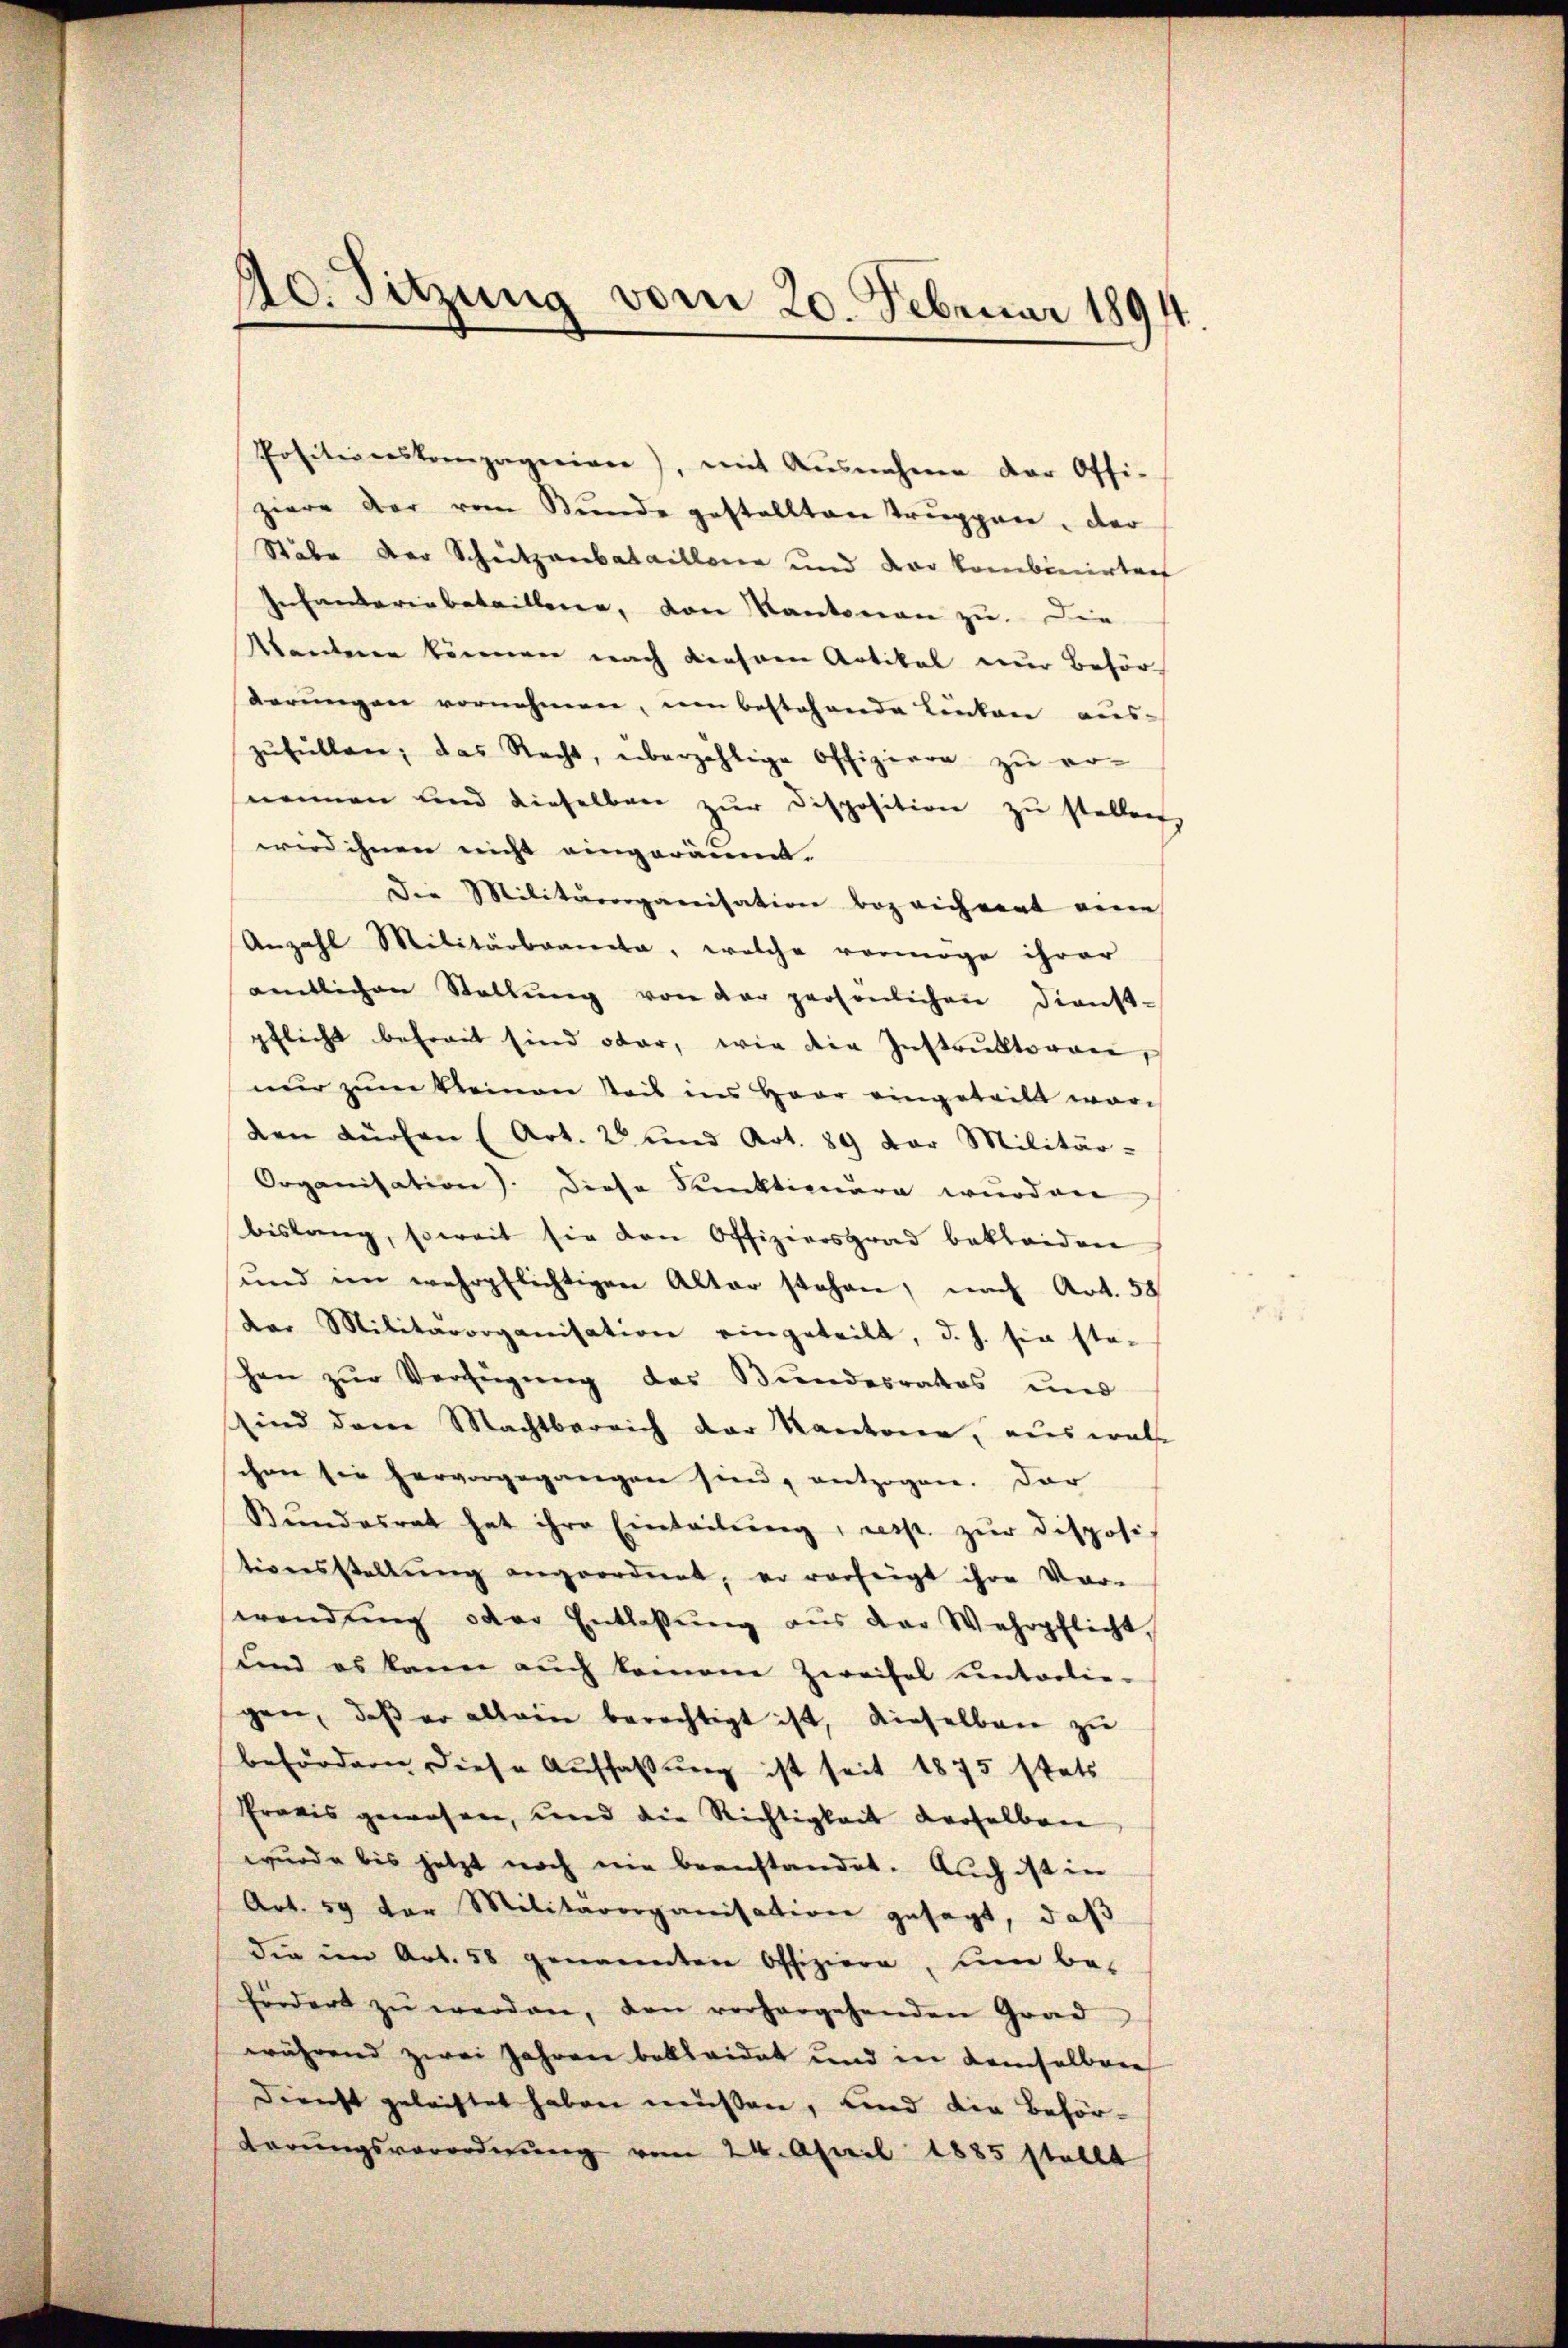
Ac. Sitzung vom 20. Februar 1894.

Positiverskompagerien), mit Ausnahme der Offi-
ziere der vom Bunde gestellten Truppen, der
Stäbe der Scheutzanbataillone und der kombinirten
Infanteriebetaillene, von Kantonen zu. Die
Wandenen können nach dieseren Artikal nur Behör
derungen vornehmen, um bestehende Linken aus-
zŭfüllen, das Recht, überzählige Offiziere zŭ er-
nemen und dieselben zur Disposition zu stellen
wird ihnen nicht eingeräumt.
Die Militärorganisation bezeichnert eine
Anzahl Militärbarieta, welche vermöge ihrer
amtlichen Stellŭng von der persönlichen Dienst-
pflicht befreit sind ober, wie die Instrŭktoren,
nur zum Reinen Steis ins Haar eingeteilt worden dürfen (Art. 2 und Art. 89 der Militär-
Organisation). Diese Funktionäre wurden
bisbring, soweit sie den Offiziersgrad bekleiden
und im wehrpflichtigen Alter stehen, nach Art. 58
der Militärorganisation eingeteilt, d. h. sie ste-
hen zŭr Verfügŭng des Bŭndesrates und
sind den Machtbereich der Kantonen, auswal
ihrer sie hervorgegangen sind, entzogen. Dar
Bŭndesrat hat ihre Einteilŭng, resp. zŭr disposit
tionsstellung angeordnet, er vorzeigt ihre Vor-
wendŭng oder Entlassŭng aus der Wehrpflicht
und es kann auch komene Zweifel unterlie-
gen, daß er allein berechtigt ist, dieselben zu
befördern diese Auffassung ist seit 1875 stets
Pravis gewesen, und die Richtigkeit derselben
wurde bis jetzt noch nie beanstandet. Auch ist in
Art. 59 der Militärorganisation gesagt, daß
die im Art. 58 genannten Offiziere, um be-
fördert zŭ werden, von vorhergehenden Grad
während zwei Jahren bekleidet und in demselbere
Dienst geleistet haben müßen, und die Behörderŭngsverordnŭng vom 24. April 1885 stellt